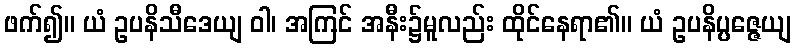
ဖက်၍။ ယံ ဥပနိသီဒေယျ ဝါ၊ အကြင် အနီး၌မူလည်း ထိုင်နေရာ၏။ ယံ ဥပနိပ္ပဇ္ဇေယျ